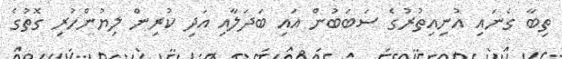
ތިބާ ގެނައި އުނިއިތުރުގެ ސަބަބުން އައި ބަދަލާއި އަދި ކުރިން ލިޔުންހުރި ގޮތުގެ